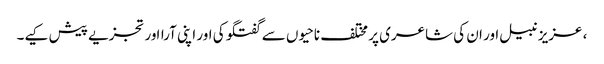
، عزیز نبیل اور ان کی شاعری پر مختلف ناحیوں سے گفتگو کی اور اپنی آرااور تجزیے پیش کیے۔